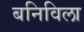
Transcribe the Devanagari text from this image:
बनिविला